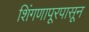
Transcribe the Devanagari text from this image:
शिंगणापूरपासून